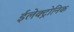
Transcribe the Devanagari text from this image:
ईलेक्ट्रोनिक